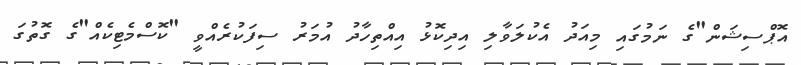
އޮޕްސިޝަން"ގެ ނަމުގައި މިއަދު އެކުލަވާލި އިދިކޮޅު އިއްތިހާދު އުމަރު ސިފަކުރެއްވީ "ކޮސްމެޓިކެއް"ގެ ގޮތުގަ